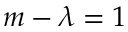
m - \lambda = 1